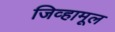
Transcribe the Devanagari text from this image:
जिव्हामूल